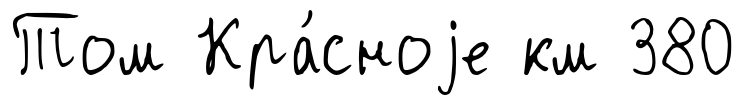
Том Кра́сноjе км 380